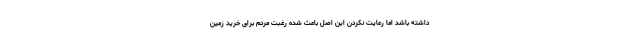
داشته باشد اما رعایت نکردن این اصل باعث شده رغبت مردم برای خرید زمین